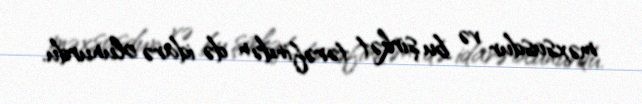
məxsusdur və bu şirkət tərəfindən də idarə olunurdu.